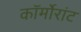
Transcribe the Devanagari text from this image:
कॉर्मोरांट